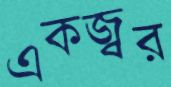
একজ্বর